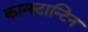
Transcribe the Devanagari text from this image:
कान्स्टान्टिन